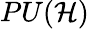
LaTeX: PU({\mathcal{H}})